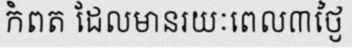
កំពត ដែលមានរយៈពេល៣ថ្ងៃ